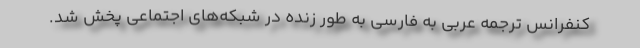
کنفرانس ترجمه عربی به فارسی به طور زنده در شبکه‌های اجتماعی پخش شد.